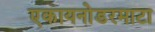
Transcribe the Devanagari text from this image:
एकायनोडरमाटा